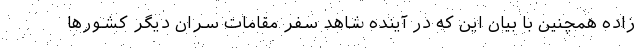
زاده همچنین با بیان این که در آینده شاهد سفر مقامات سران دیگر کشورها